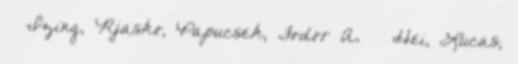
– Izing, Rjasko, Papucsek, Fodor A. – Hei, Lucas,